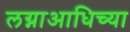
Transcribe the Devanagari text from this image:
लग्नाआधिच्या